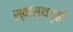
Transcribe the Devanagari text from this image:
स्वास्थगृहों